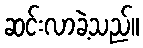
ဆင်းလာခဲ့သည်။